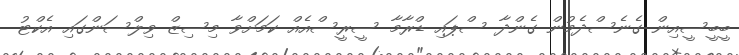
ބީބީސީއިން ގެނެސްދެމުން ގެންދާ ސްޕައި ޑްރާމާ ސީރީސްއެއް ކަމަށްވާ މިސިޒް ވިލްސަންގައި އެކްޓު